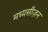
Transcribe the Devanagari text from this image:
मध्यसीज़न